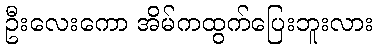
ဦးလေးကော အိမ်ကထွက်ပြေးဘူးလား